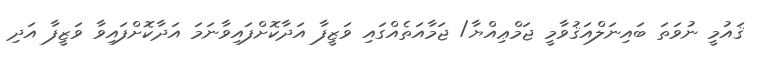
ޤައުމީ ނުވަތަ ބައިނަލްއަޤުވާމީ ޖަމްޢިއްޔާ/ ޖަމާއަތެއްގައި ވަޒީފާ އަދާކޮށްފައިވާނަމަ އަދާކޮށްފައިވާ ވަޒީފާ އަދި